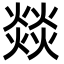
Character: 燚